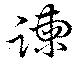
諫